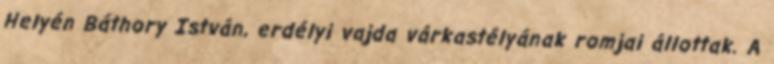
Helyén Báthory István, erdélyi vajda várkastélyának romjai állottak. A